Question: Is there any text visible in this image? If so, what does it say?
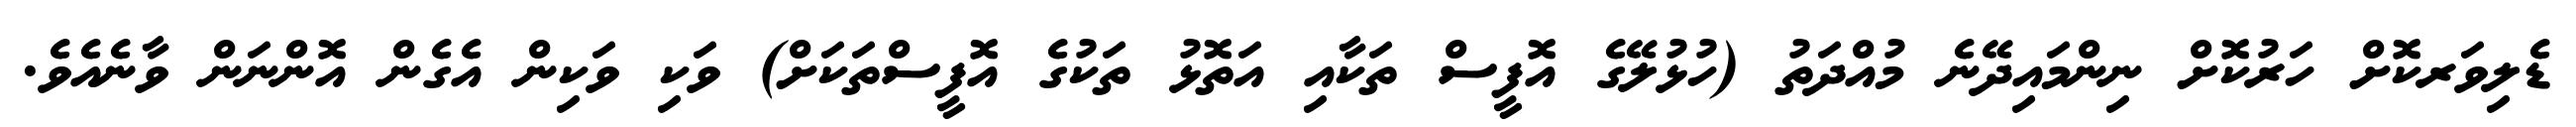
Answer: ޑެލިވަރކޮށް ހަރުކޮށް ނިންމައިދޭނެ މުއްދަތު (ހުޅުލޭގެ އޮފީސް ތަކާއި އަތޮޅު ތަކުގެ އޮފީސްތަކަށް) ވަކި ވަކިން އެގެން އޮންނަން ވާނެއެވެ.